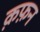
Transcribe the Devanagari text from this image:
क़फ़न